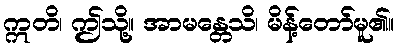
ဣတိ၊ ဤသို့။ အာမန္တေသိ၊ မိန့်တော်မူ၏။